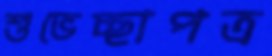
শুভেচ্ছাপত্র